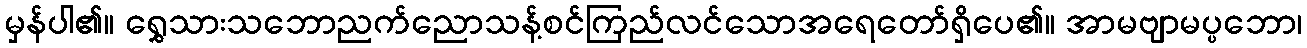
မှန်ပါ၏။ ရွှေသားသဘောညက်ညောသန့်စင်ကြည်လင်သောအရေတော်ရှိပေ၏။ အာမဗျာမပ္ပဘော၊